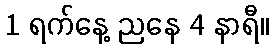
1 ရက်နေ့ ညနေ 4 နာရီ။